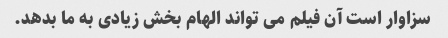
سزاوار است آن فیلم می تواند الهام بخش زیادی به ما بدهد.